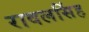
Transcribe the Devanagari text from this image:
रावलसिंह